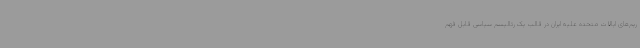
ریم‌های ایالات‌ متحده علیه ایران در قالب یک رئالیسم سیاسی قابل فهم